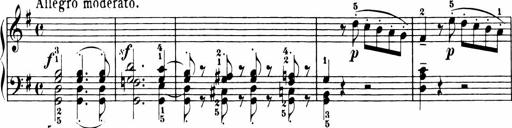
Title: 11 Sonatinas for Piano Solo
Composer: Anton Diabelli